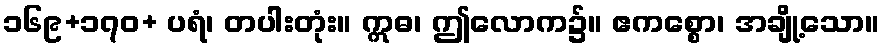
၁၆၉+၁၇၀+ ပရံ၊ တပါးတုံး။ ဣဓ၊ ဤလောက၌။ ဧကစ္စော၊ အချို့သော။